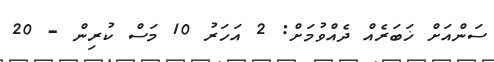
ސަންއަށް ޚަބަރެއް ދެއްވުމަށް: 2 އަހަރު 10 މަސް ކުރިން - 20